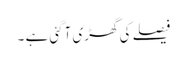
فیصلے کی گھڑی آگئی ہے ۔